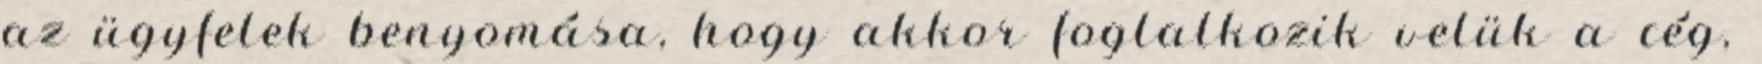
az ügyfelek benyomása, hogy akkor foglalkozik velük a cég,